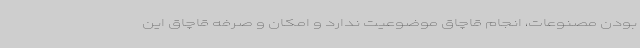
‌بودن مصنوعات، انجام قاچاق موضوعیت ندارد و امکان و صرفه قاچاق این